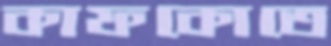
কাফকোতে